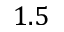
1 . 5